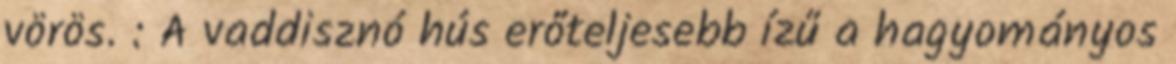
vörös. : A vaddisznó hús erőteljesebb ízű a hagyományos